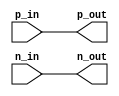
module ECL_buffer (
    input wire p_in, // positive input signal
    input wire n_in, // negative input signal
    output wire p_out, // positive output signal
    output wire n_out // negative output signal
);

// Differential input stage
reg p_in_buf, n_in_buf;
assign p_in_buf = p_in;
assign n_in_buf = n_in;

// Biasing circuitry
reg bias;
always @* begin
    bias = 1; // set bias to desired operating point
end

// Output stage
assign p_out = p_in_buf;
assign n_out = n_in_buf;

// Protection circuitry
always @* begin
    if (p_in > MAX_INPUT_VOLTAGE || n_in > MAX_INPUT_VOLTAGE) begin
        // handle excessive input voltage levels
        // e.g. shutdown buffer or set output to safe level
    end
end

endmodule